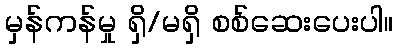
မှန်ကန်မှု ရှိ/မရှိ စစ်ဆေးပေးပါ။